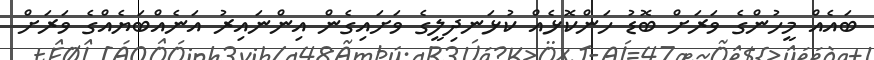
ބައެއް މީހުންގެ ވަރަށް ބޮޑު ހަންކޮޅެއް ކުޅަނދިލީގެ ވަށައިގެން އިންނައިރު އަނެއްބަޔެއްގެ ވަރަށް